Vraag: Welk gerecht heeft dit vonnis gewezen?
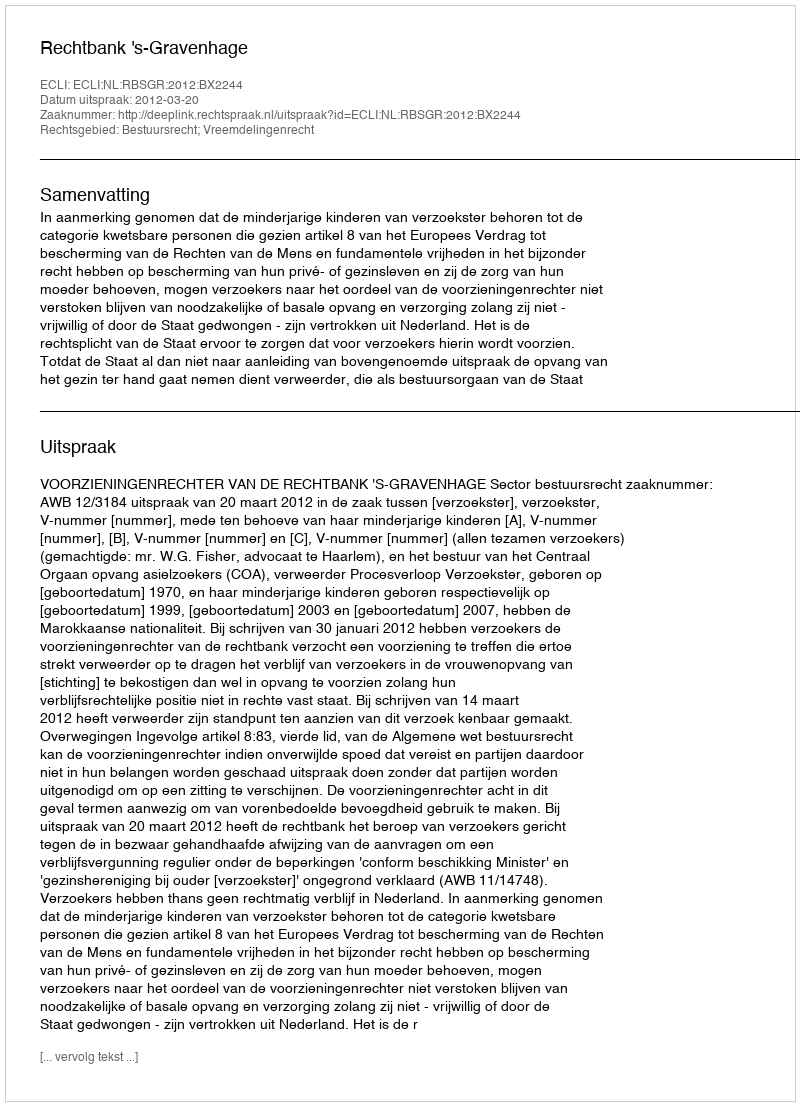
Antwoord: Rechtbank 's-Gravenhage